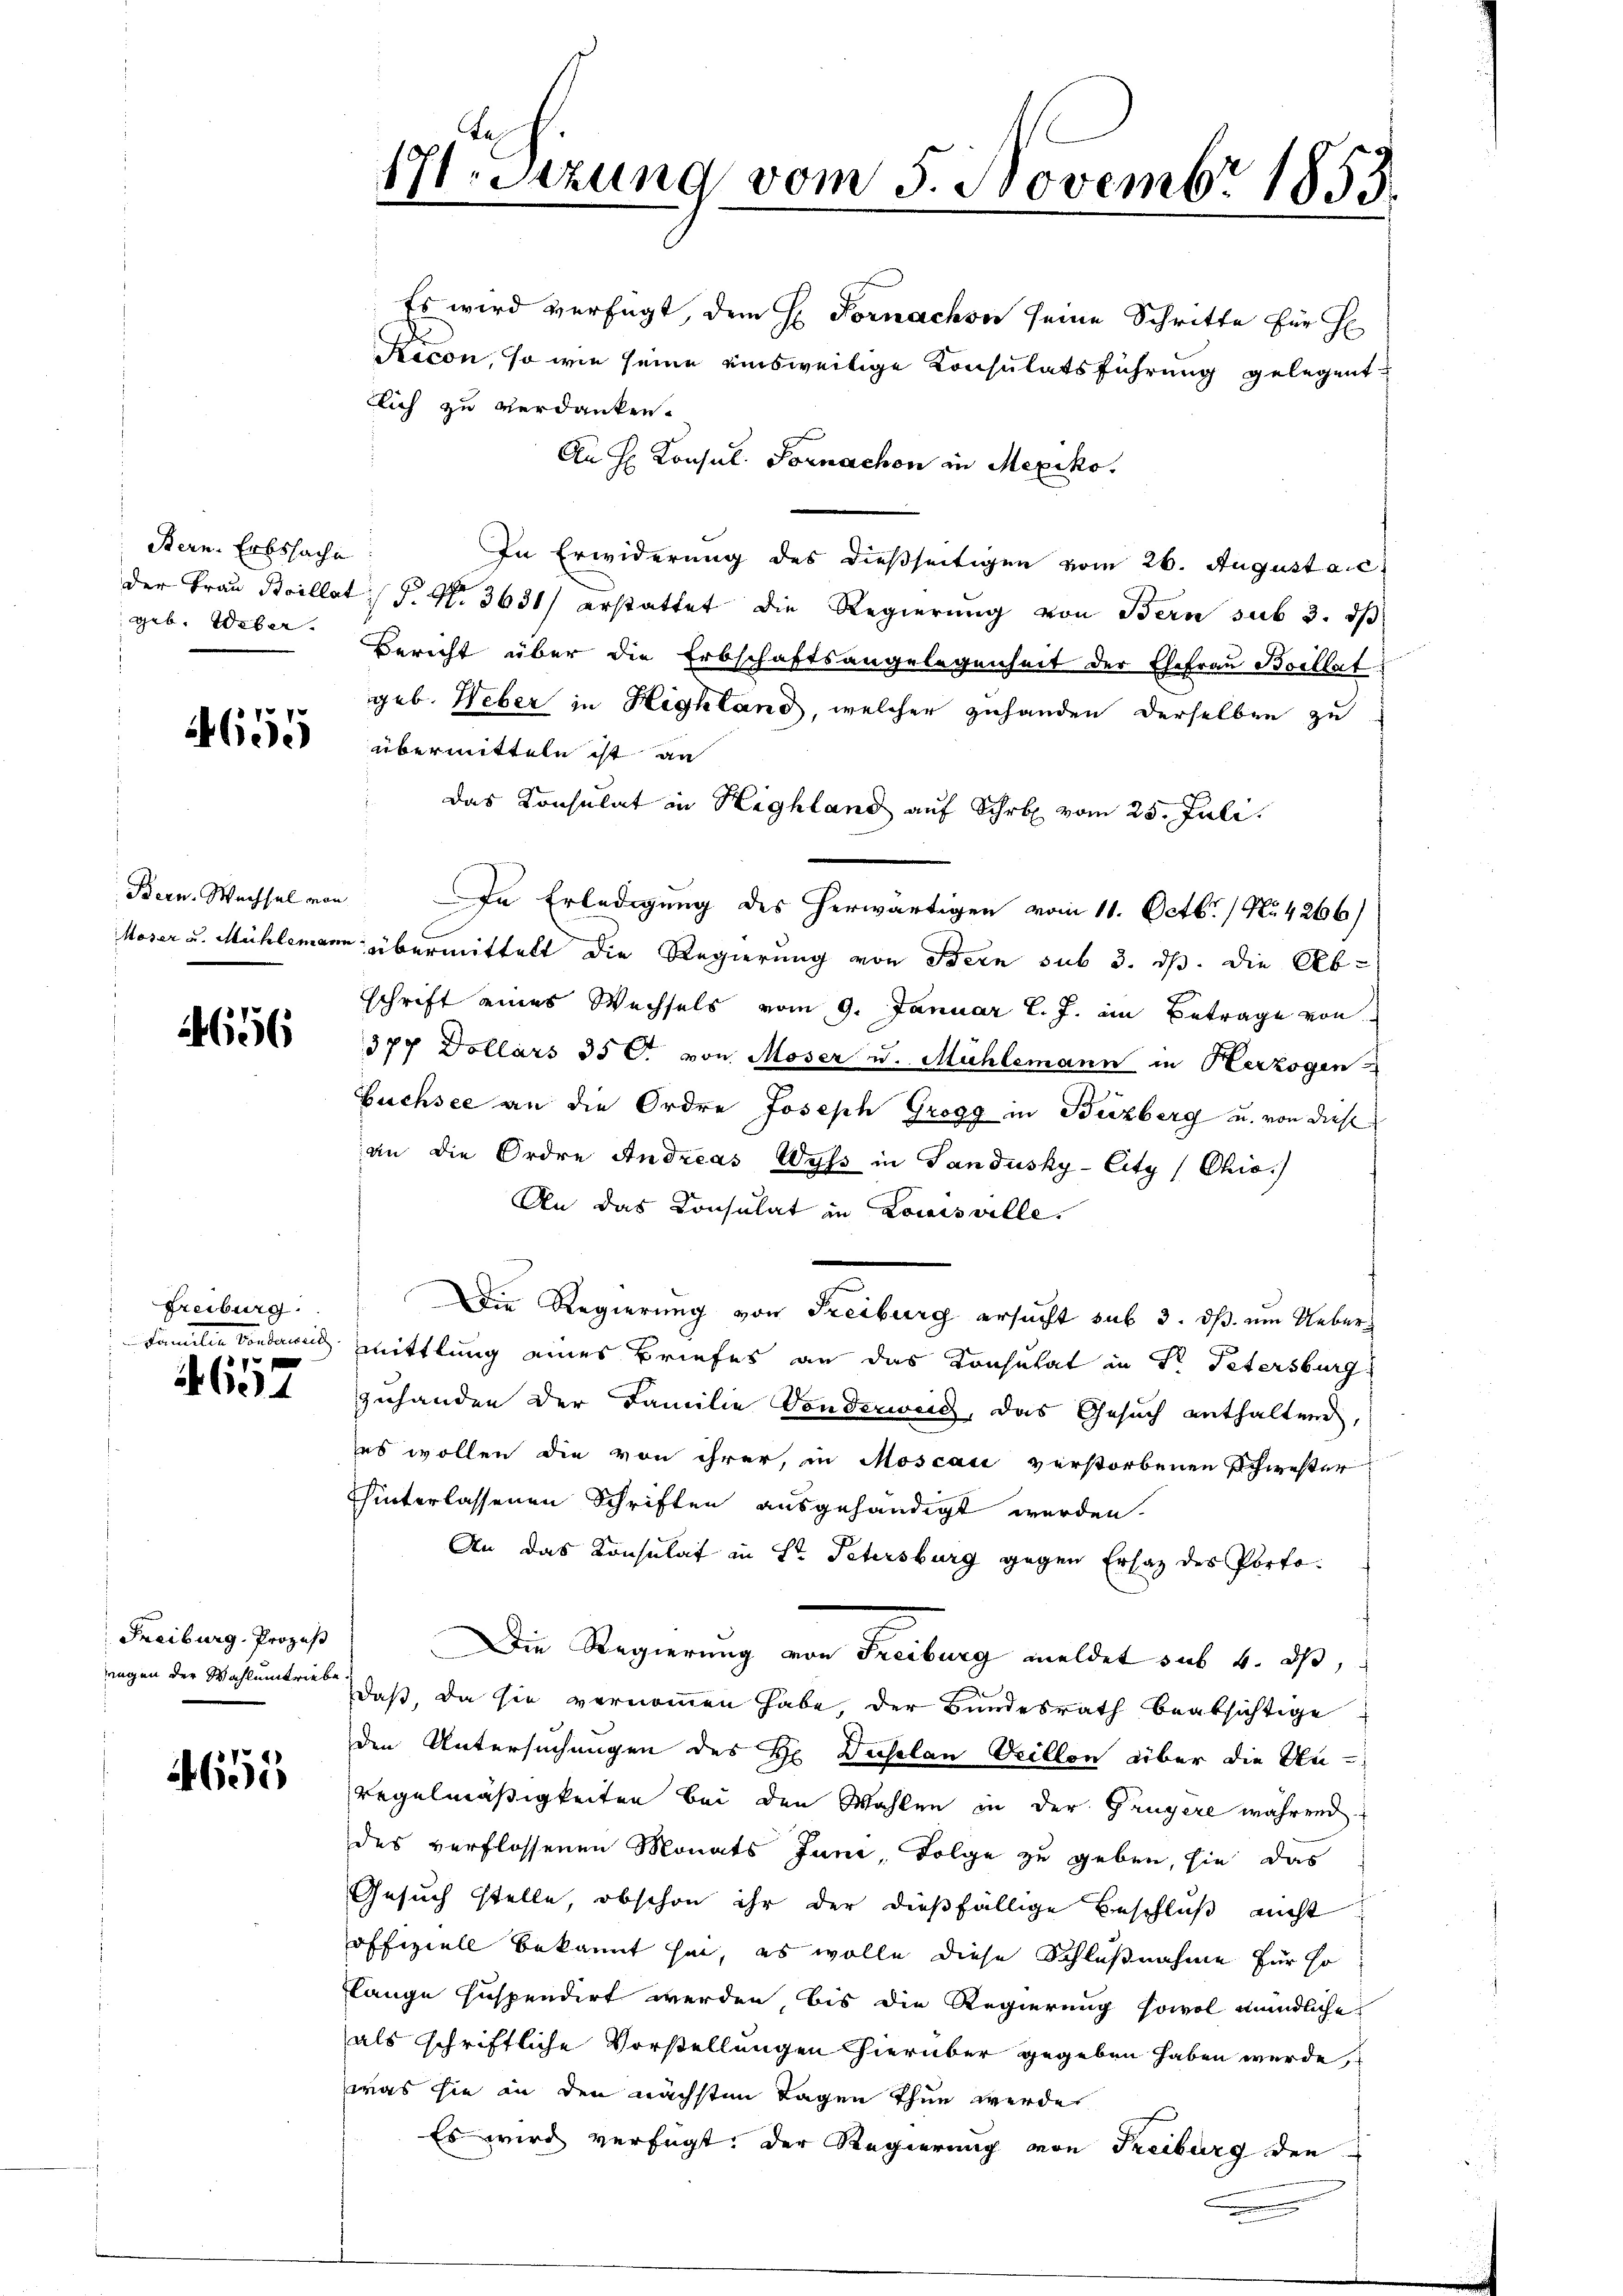
Bern. Erbssache
geb. Weber

4655

656

Freiburg:
f x

Ge

Freiburg, Prozeß
wegen der Wahlumtriebe.

4655

1Stzung vom 5. Novembr 1855.

Es wird verfügt, dem H. Fornachon seine Schritte für H
Recon, so wie seine einsweilige Konsulatsführung gelegent
llich zu verdanken.
An H. Konsul Fornachen in Mexiko
In Erwiderung des dießseitigen vom 26. Augustaic
der Frau Boillat P. Nr. 3631) erstattet die Regierung von Bern sub 3. ds
Bericht über die Erbschaftsangelegenheit der Ehefrau Boellat
geb. Weber in Highland, welcher zuhanden derselben zu
übermitteln ist an
das Konsulat in Highland auf Schr vom 25. Juli.
Bern. Wechsel von In Erledigung des herwärtigen vom 11. Octbr. / No. 4266)
Moser u. Mühlemann übermittelt die Regierung von Stern sub 3. ds. die Abschrift eines Wechsels vom 9. Januar l. J. im Betrage von
377 Dollars 35 C. von Moser u. Mühlemann in Herzogen
buchsee an die Ordre Joseph Grogg in Buzberg u. von diese
an die Ordre Andreas Wyβ in Sandusky-City (Chia.)
An das Consulat in Louisville.
Die Regierung von Freiburg ersucht sub 3. dß. um Ueber¬
Familie Bondaweid mittlung eines Briefes an das Konsulat in Dr. Petersburg
zuhanden der Familie Sonderweig, das Gesuch enthalten,
es wollen die von ihrer, in Moscau verstorbenen Schwester
hinterlassenen Schriften ausgehändigt werden.
An das Konsulat in Dr Patersburg gegen Ersatz des Porto¬
Die Regierung von Freiburg meldet sub 4. ds,
daß, da sie vernommen habe, der Bundesrath beabsichtige
den Untersuchungen des Hr. Duselon Villon über die An-
Regelmäßigkeiten bei den Wahlen in der Gangere während
des verflossenen Monats Juni Folge zu geben, sie das
Gesuch stelle, obschon ihr der dießfällige Beschluß nicht
offiziell bekannt sei, es wolle diese Schlußnahme für so
fange suspendirt werden, bis die Regierung sowol mündliche
als schriftliche Vorstellungen hierüber gegeben haben werde,
was sie in den nächsten Tagen Thun werde
Es wird verfügt: Der Regierung von Freiburg den